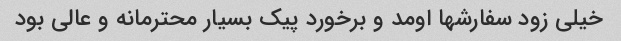
خیلی زود سفارشها اومد و برخورد پیک بسیار محترمانه و عالی بود